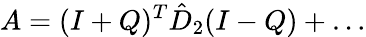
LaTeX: A=(I+Q)^{T}\hat{D}_{2}(I-Q)+\ldots